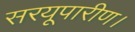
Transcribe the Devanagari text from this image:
सरयूपारीण।